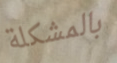
بالمشكلة